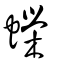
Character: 蝾